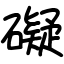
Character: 礙